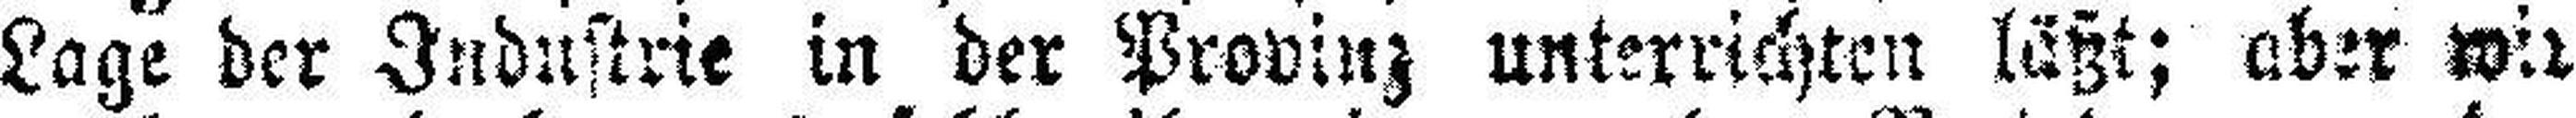
Lage der Industrie in der Provinz unterrichten läßt; aber wir